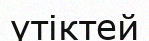
үтіктей